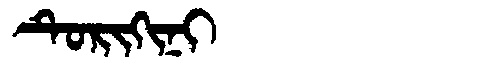
Manchu: ᡨᡠᡵᡳᡴᡳᠨᡳ
Romanization: TURIKINI